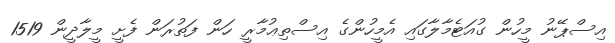
އިސްޕޭނު މީހުން ގުއަޓެމާލާގައި އެމީހުންގެ އިސްތިޢުމާރީ ހަން ފަތުރަން ފެށީ މީލާދީން 1519